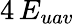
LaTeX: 4\, E_{uav}